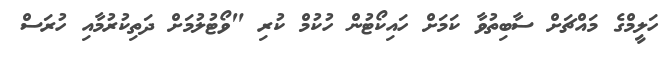
ހަލީމްގެ މައްޗަށް ސާބިތުވާ ކަމަށް ހައިކޯޓުން ހުކުމް ކުރި "ވޯޓުލުމަށް ދަތިކުރުމާއި ހުރަސް